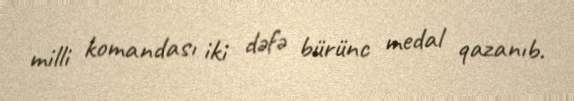
milli komandası iki dəfə bürünc medal qazanıb.